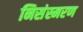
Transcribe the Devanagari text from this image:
निसंस्मरण